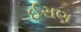
ઈરાણ